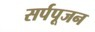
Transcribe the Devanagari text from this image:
सर्पपूजन